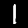
Digit: 1